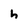
Character: h